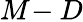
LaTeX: M\! -D